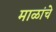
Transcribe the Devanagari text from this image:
माळांचे